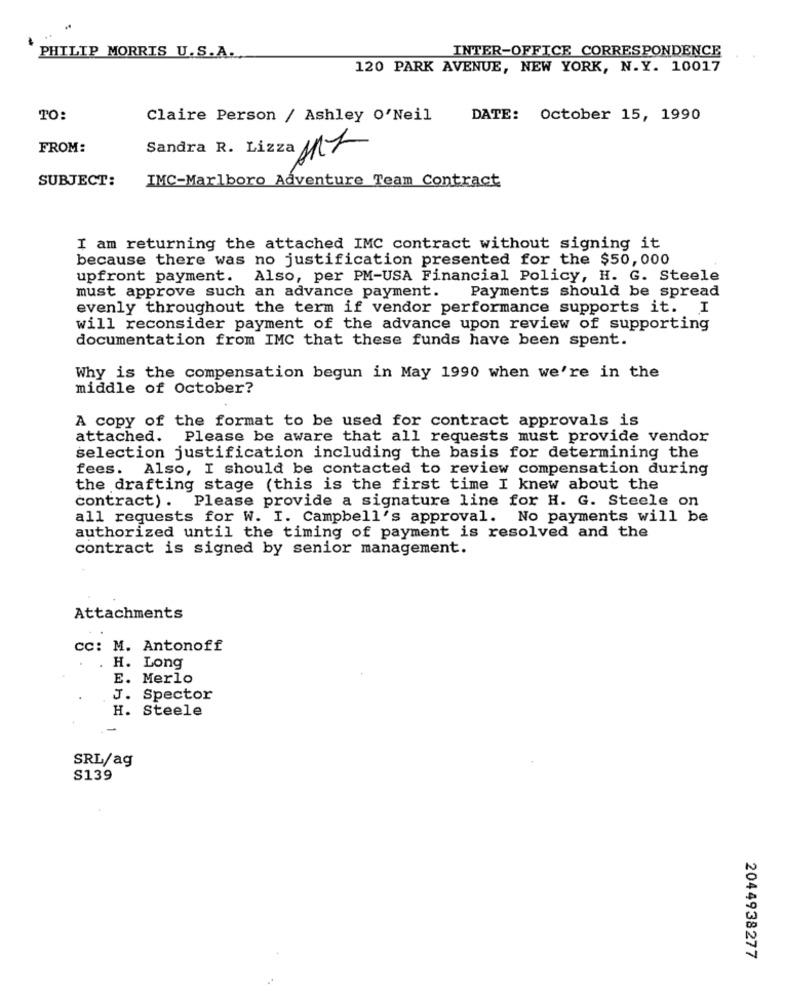
INTER-OFFICE CORRESPONDENCE
PHILIP MORRIS U.S.A.
120 PARK AVENUE, NEW YORK, N.Y. 10017
TO:
Claire Person / Ashley O'Neil
DATE: October 15, 1990
FROM:
Sandra R. Lizza 111
IMC-Marlboro Adventure Team Contract
SUBJECT:
I am returning the attached IMC contract without signing it
because there was no justification presented for the $50,000
upfront payment. Also, per PM-USA Financial Policy, H. G. Steele
must approve such an advance payment.
Payments should be spread
evenly throughout the term if vendor performance supports it. I
will reconsider payment of the advance upon review of supporting
documentation from IMC that these funds have been spent.
Why is the compensation begun in May 1990 when we're in the
middle of October?
A copy of the format to be used for contract approvals is
attached. Please be aware that all requests must provide vendor
selection justification including the basis for determining the
fees. Also, I should be contacted to review compensation during
the drafting stage (this is the first time I knew about the
contract). Please provide a signature line for H. G. Steele on
all requests for W. I. Campbell's approval. No payments will be
authorized until the timing of payment is resolved and the
contract is signed by senior management.
Attachments
cc: M. Antonoff
. H. Long
E. Merlo
J. Spector
H. Steele
-
SRL/ag
S139
2044938277